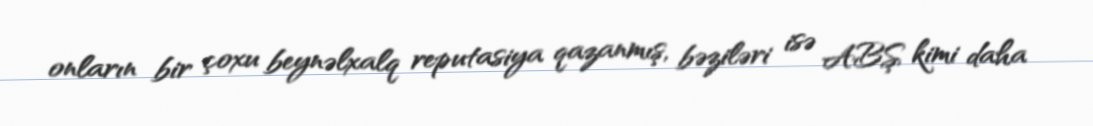
onların bir çoxu beynəlxalq reputasiya qazanmış, bəziləri isə ABŞ kimi daha